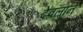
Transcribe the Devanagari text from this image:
देवलाने